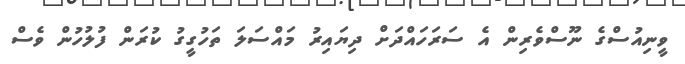
ވީނިއުސްގެ ނޫސްވެރިން އެ ސަރަހައްދަށް ދިޔައިރު މައްސަލަ ތަހުގީގު ކުރަން ފުލުހުން ވެސް